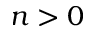
n > 0